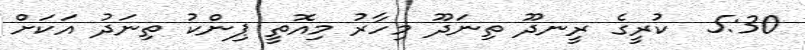
5:30  ކުރީގެ ރީނދޫ ތިނަދޫ މިހާރު މިއޮތީ ޕިންކު ތިނަދު އަކަށް